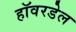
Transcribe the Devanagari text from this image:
हॉवरडेल